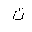
Letter: _ta